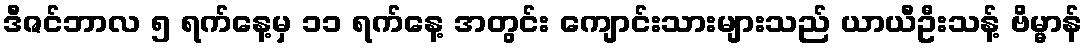
ဒီဇင်ဘာလ ၅ ရက်နေ့မှ ၁၁ ရက်နေ့ အတွင်း ကျောင်းသားများသည် ယာယီဦးသန့် ဗိမ္မာန်